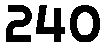
240